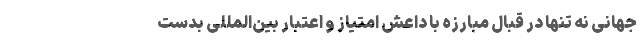
جهانی نه تنها در قبال مبارزه با داعش امتیاز و اعتبار بین‌المللی بدست